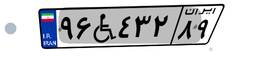
۲۹W۰۰۸۳۵